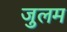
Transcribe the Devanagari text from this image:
जुलम